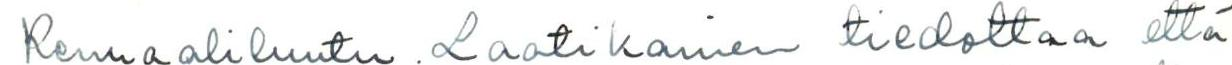
Kenraaliluutn. Laatikainen tiedottaa että